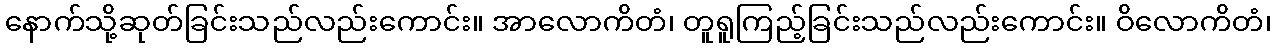
နောက်သို့ဆုတ်ခြင်းသည်လည်းကောင်း။ အာလောကိတံ၊ တူရူကြည့်ခြင်းသည်လည်းကောင်း။ ဝိလောကိတံ၊